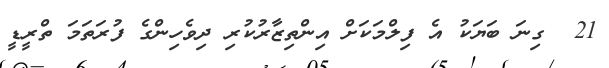
21  ގިނަ ބަޔަކު އެ ފިލްމަކަށް އިންތިޒާރުކުރި ދިވެހިންގެ ފުރަތަމަ ތްރީޑީ